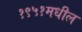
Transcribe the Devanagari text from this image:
१९५१मधील